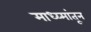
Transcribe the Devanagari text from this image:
माध्य्मांतून